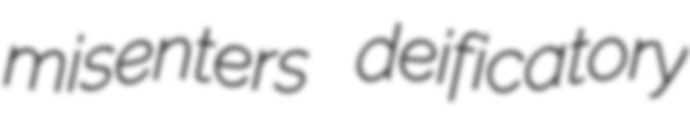
misenters deificatory